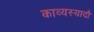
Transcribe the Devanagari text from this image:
काव्यस्यादौ